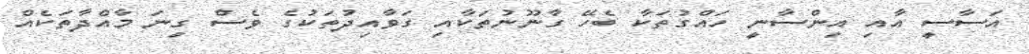
އަސާސީ އާއި އިންސާނީ ހައްގުތަކާ ބެހޭ ގާނޫނުތަކާއި ގަވާއިދުތަކުގެ ވެސް ގިނަ މާއްދާތަކެއް